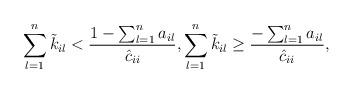
LaTeX: \begin{align*} & \sum_{l=1}^{n}\Tilde{k}_{il}< \frac{1 - \sum_{l=1}^{n} a_{il}}{\hat{c}_{ii}}, \sum_{l=1}^{n}\Tilde{k}_{il}\geq \frac{- \sum_{l=1}^{n} a_{il}}{\hat{c}_{ii}},\end{align*}